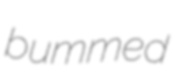
bummed